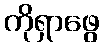
ကိုရှာဖွေ